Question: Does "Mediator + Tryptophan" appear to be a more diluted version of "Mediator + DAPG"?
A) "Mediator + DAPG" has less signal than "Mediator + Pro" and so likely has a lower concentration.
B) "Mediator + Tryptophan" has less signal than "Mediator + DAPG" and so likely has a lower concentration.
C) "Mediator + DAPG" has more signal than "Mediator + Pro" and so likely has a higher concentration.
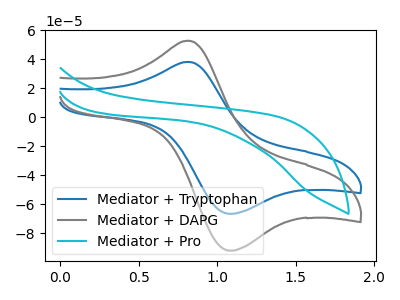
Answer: <think>The blue curve "Mediator + Tryptophan" has an anodic peak at (0.80V, 38.20uA) and a cathodic peak at (1.10V, -66.35uA). The gray curve "Mediator + DAPG" has an anodic peak at (0.80V, 52.85uA) and a cathodic peak at (1.10V, -91.75uA). The cyan curve "Mediator + Pro" has no peaks.
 All the peaks in "Mediator + Tryptophan" have a peak in "Mediator + DAPG" at the same potential. Every peak in "Mediator + Tryptophan" is lower than every peak in "Mediator + DAPG".</think>
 <answer>B) "Mediator + Tryptophan" has less signal than "Mediator + DAPG" and so likely has a lower concentration.</answer>
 <eval>B</eval>